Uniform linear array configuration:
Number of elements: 32
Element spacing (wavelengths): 0.5
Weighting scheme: uniform
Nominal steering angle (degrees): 30
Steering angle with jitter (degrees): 28.285
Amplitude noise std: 0.05
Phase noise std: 0.05

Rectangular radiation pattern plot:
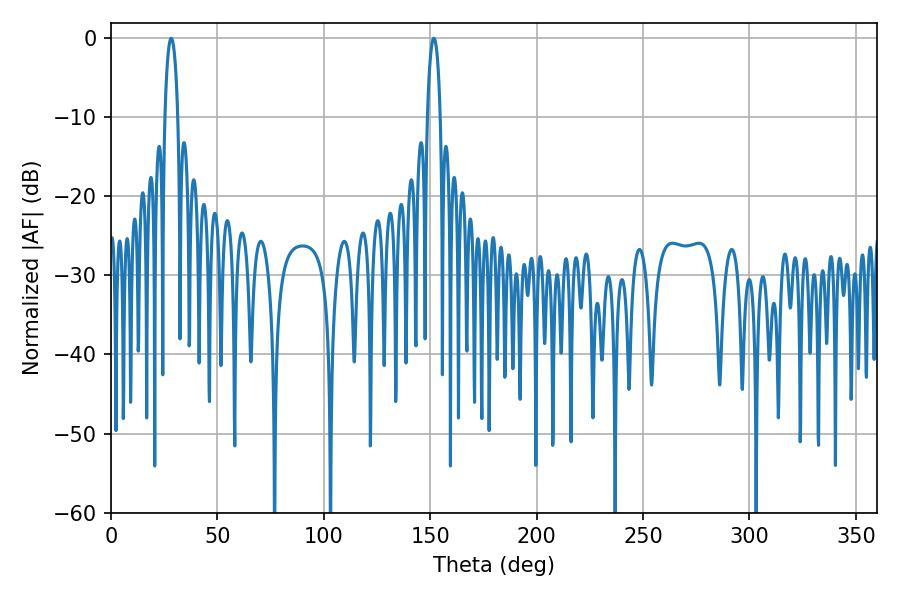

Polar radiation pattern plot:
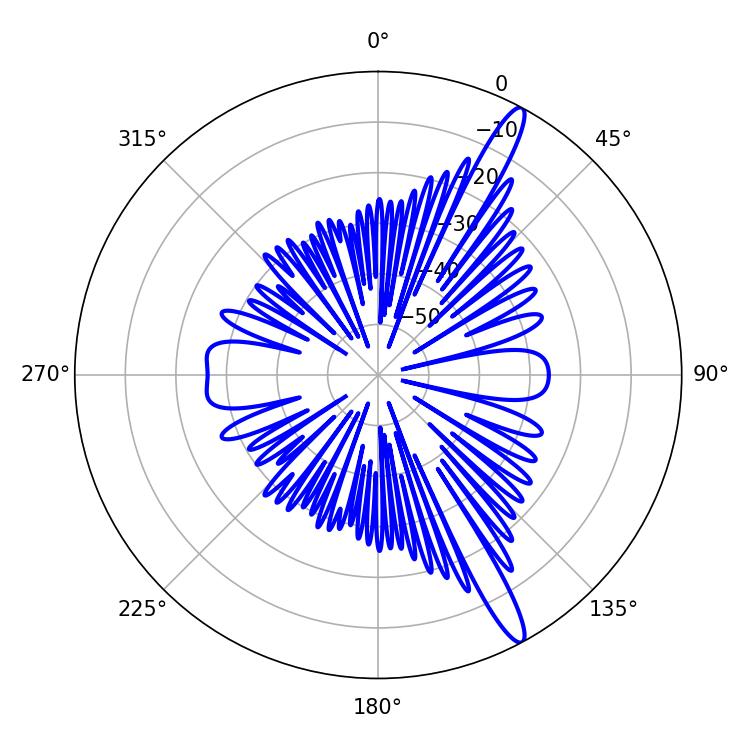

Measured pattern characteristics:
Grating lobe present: FALSE
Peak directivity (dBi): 14.798
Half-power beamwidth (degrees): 3.42
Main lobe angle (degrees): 28.26